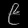
Digit: ၉